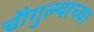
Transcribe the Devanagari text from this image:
चौगुल्याच्या